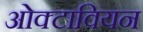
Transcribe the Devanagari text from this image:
ओक्टावियन